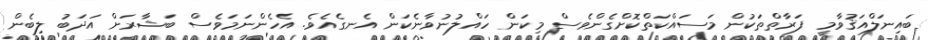
ބައިނަލްއަޤުވާމީ ފަރާތްތަކުން މަސައްކަތްކޮށްގެންވެސް މިކަން ހައްލުނުވާނެކަން އެނގެއެވެ. އެހެންނަމަވެސް ބަޝާރަށް އަދަބު ލިބެން